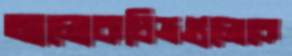
আলোকচিত্রগুলোকে